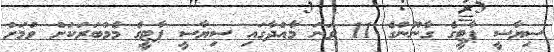
ސިޔާސީ ޕާޓީގެ ގާނޫނުގެ 11 ވަނަ މާއްދާގައި ސިޔާސީ ޕާޓީގެ މެމްބަރަކަށް ވުމަށް